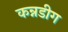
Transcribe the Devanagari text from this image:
कन्नडीग